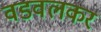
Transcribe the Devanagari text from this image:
वडवलकर